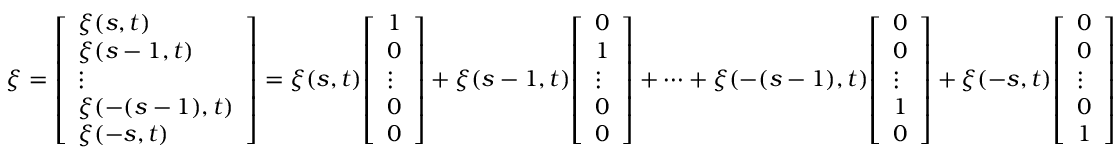
\xi = { \left[ \begin{array} { l } { \xi ( s , t ) } \\ { \xi ( s - 1 , t ) } \\ { \vdots } \\ { \xi ( - ( s - 1 ) , t ) } \\ { \xi ( - s , t ) } \end{array} \right] } = \xi ( s , t ) { \left[ \begin{array} { l } { 1 } \\ { 0 } \\ { \vdots } \\ { 0 } \\ { 0 } \end{array} \right] } + \xi ( s - 1 , t ) { \left[ \begin{array} { l } { 0 } \\ { 1 } \\ { \vdots } \\ { 0 } \\ { 0 } \end{array} \right] } + \cdots + \xi ( - ( s - 1 ) , t ) { \left[ \begin{array} { l } { 0 } \\ { 0 } \\ { \vdots } \\ { 1 } \\ { 0 } \end{array} \right] } + \xi ( - s , t ) { \left[ \begin{array} { l } { 0 } \\ { 0 } \\ { \vdots } \\ { 0 } \\ { 1 } \end{array} \right] }